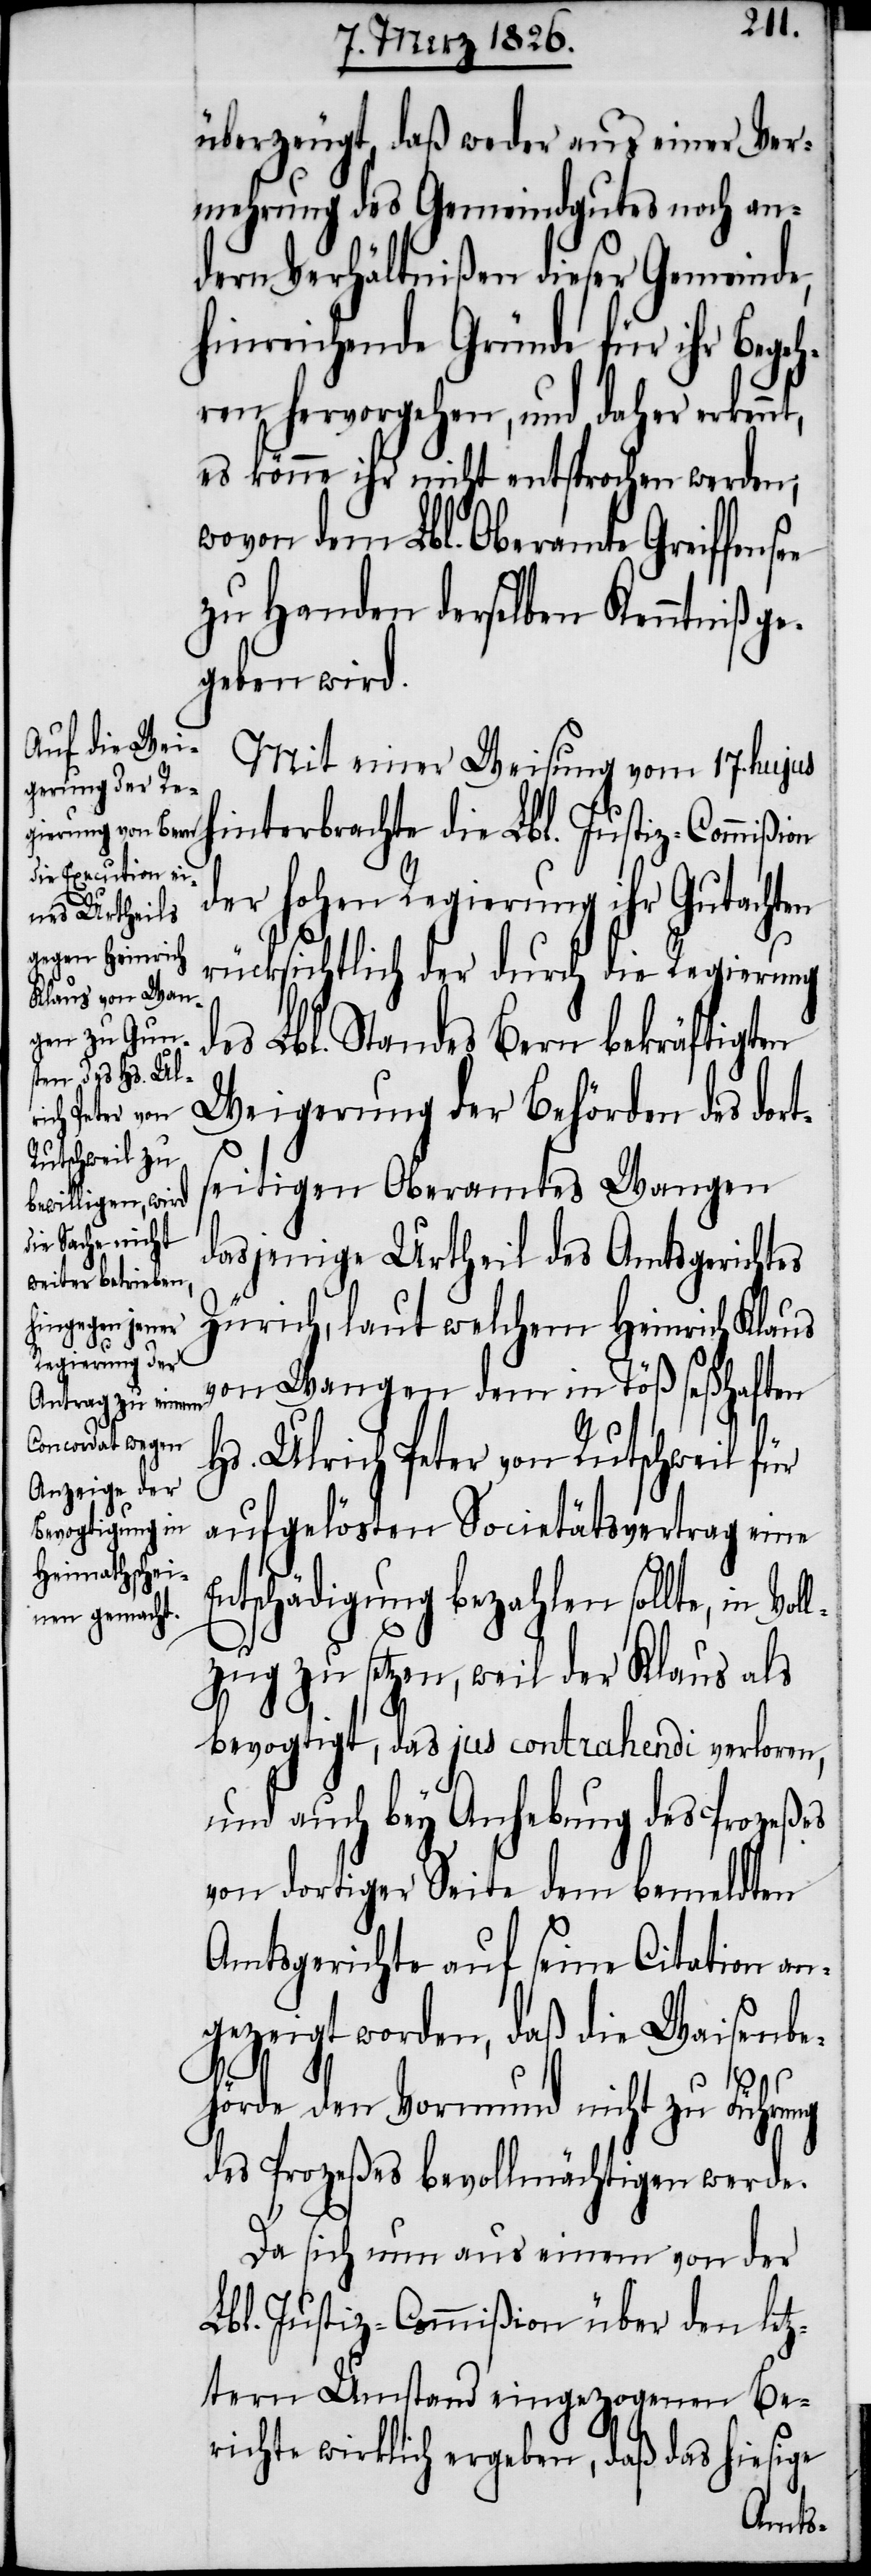
überzeugt, daß weder aus einer Ver¬
mehrung des Gemeindgutes noch an¬
dern Verhältnißen dieser Gemeinde,
hinreichende Gründe für ihr Bege¬
hren hervorgehen, und daher erken¬
es könne ihr nicht entsprochen werden,
wovon dem Lbl. Oberamte Greiffense¬
zu Handen derselben Kenntniß ge¬
geben wird.
Mit einer Weisung vom 17. hujus
hinterbrachte die Lbl. Justiz-Commißion
der hohen Regierung ihr Gutacht¬
rücksichtlich der durch die Regierung
des Lbl. Standes Bern bekräftigten
Weigerung der Behörden des dort¬
seitigen Oberamtes Wangen
dasjenige Urtheil des Amtsgerichtes
Zürich, laut welchem Heinrich Klaus
von Wangen dem in Töß seßhaften
Hs. Ulrich Peter von Rutschweil
aufgelösten Societätsvertrag eine
schädigung bezahlen sollte, in
lzug zu setzen, weil der Klaus als
bevogtigt, das jus contrahendi verloren,
und auch bey Anhebung des Prozeßes
von dortiger Seite dem bemeldten
Amtsgerichte auf seine Citation an¬
gezeigt worden, daß die Waisenbe¬
hörde den Vormund nicht zu Führung
des Prozeßes bevollmächtigen werde.
Da sich nun aus einem von der
Lbl. Justiz-Commißion über den letz¬
tern Umstand eingezogenen Be¬
richte wirklich ergeben, daß das hiesige
Vol¬